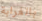
بالغرابة